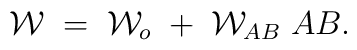
{\cal W}\;=\;{\cal W}_{o}\; +\; {\cal W}_{AB}\;A B.